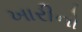
ખારીનો